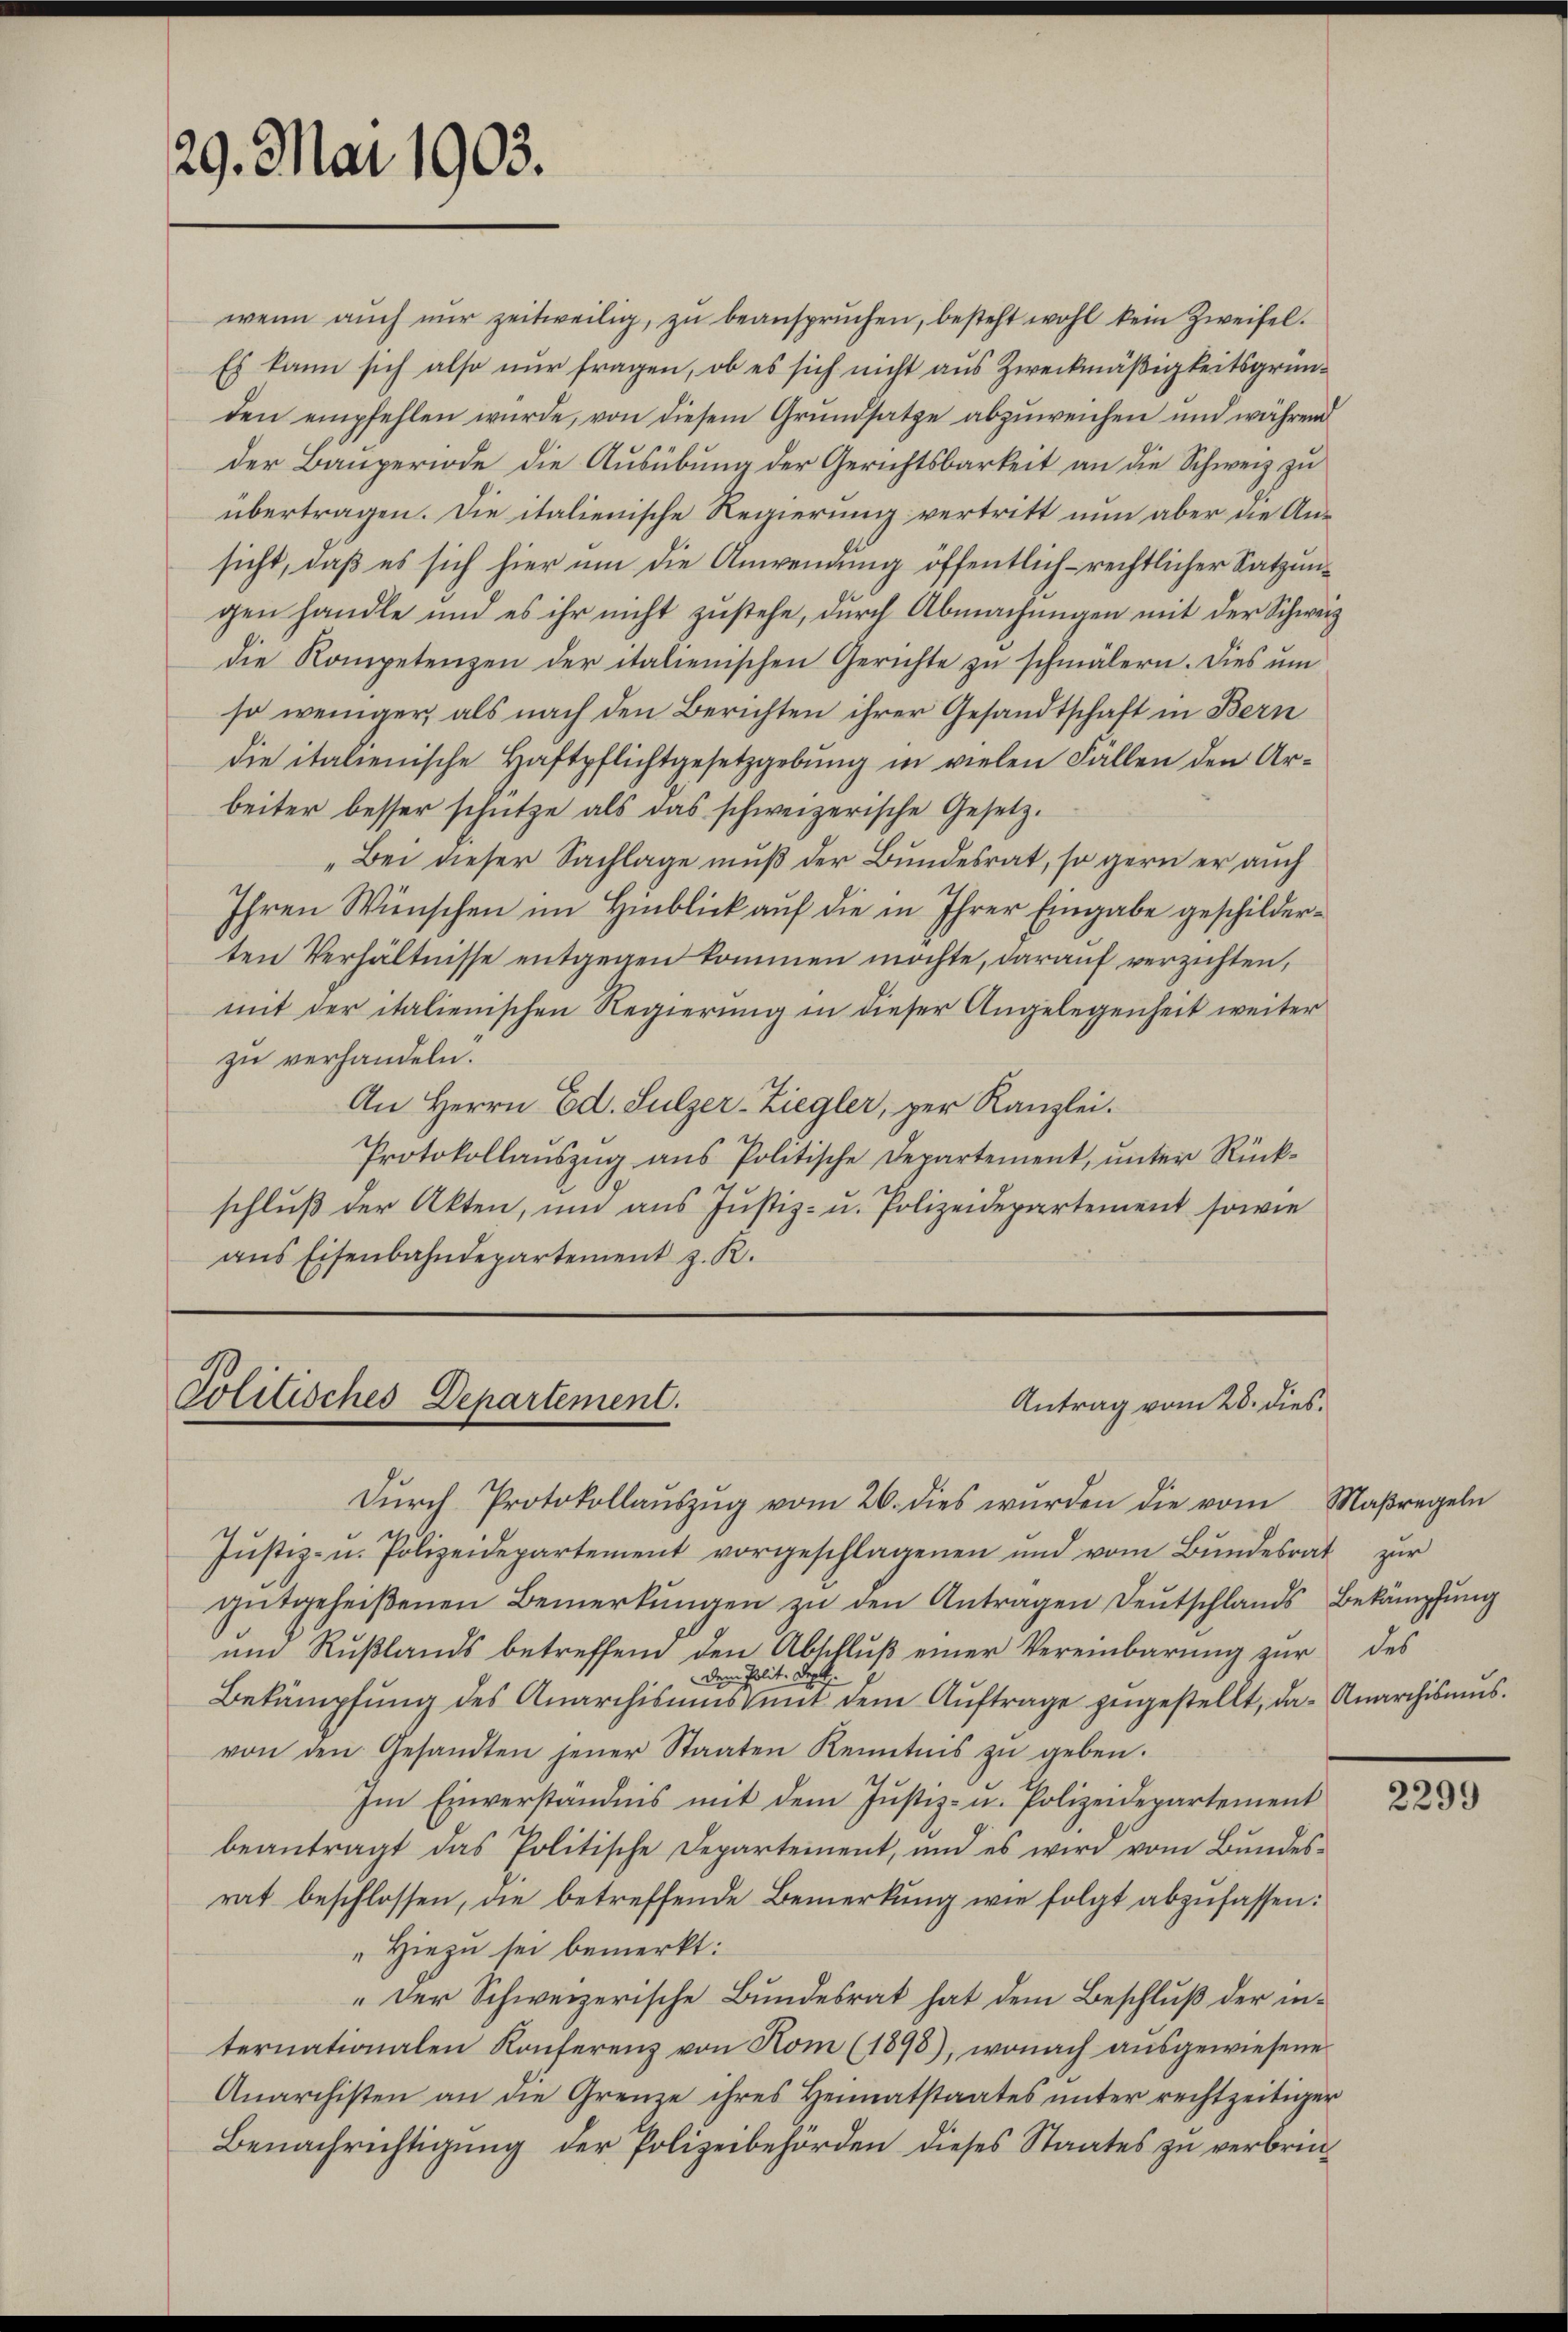
29. Mai 1903.

Politisches Departement.

wenn aŭch nŭr zeitweilig, zŭ beansprŭchen, besteht wohl kein Zweifel.
Es kann sich also nur fragen, ob es sich nicht aus Zweckmäßigkeitsgründen empfehlen wurde, von diesem Grundsatze abzuweichen und während
der Bauperiode die Ausübung der Gerichtsbarkeit an die Schweiz zu
übertragen. Die italienische Regierung vertritt nun aber die Ansicht, daß es sich hier um die Anwendung öffentlich-rechtlicher Satzungen handle und es ihr nicht zustehe, durch Abmachungen mit der Schweiz
die Kompetenzen der italienischen Gerichte zŭ schmälern. Dies um
so weniger, als nach den Berichten ihrer Gesandtschaft in Bern
die italienische Haftpflichtgesetzgebung in vielen Fällen den Arbeiter besser schütze als das schweizerische Gesetz-
„Bei dieser Sachlage muß der Bundesrat, so gern er auch
Ihren Wünschen im Hinblick auf die in Ihrer Eingabe geschilderten Verhältnisse entgegen kommen möchte, darauf verzichten,
mit der italienischen Regierung in dieser Angelegenheit weiter
zu verhandeln.
An Herrn Ed. Sulzer-Ziegler, per Kanzlei.
Protokollaŭszŭg aŭs Politische Departement, ŭnter Rück-
schluß der Akten, und aus Justiz- u. Polizeidepartement sowie
aus Eisenbahndepartement z. R.

Antrag vom 28. dies¬

Dŭrch Protokollaŭszŭg vom 26. dies wŭrden die vom Maßregeln
Jŭstiz- u. Polizeidepartement vorgeschlagenen und vom Bŭndesrat zur
gutgeheißenen Bemerkŭngen zu den Antragen Deutschlands Bekämpfung
um Rußlands betreffend den Abschluß einer Vereinbarung zur des
dem Polit. Sept.
Bekämpfung des Anarchisums mit dem Auftrage zugestellt, da Anarchismus.
von den Gesandten jener Staaten Kenntnis zŭ geben.
Im Einverständnis mit dem Justiz- u. Polizeidepartement
beantragt das Politische Departement, und es wird vom Bŭndes-
rat beschlossen, die betreffende Bemerkung wie folgt abzufassen:
" Hiezu sei bemerkt:
„Der Schweizerische Bundesrat hat dem Beschluß der internationalen Konferenz von Kom (1898), wonach ausgewiesene
Anarchisten an die Grenze ihres Heimatstaates ŭnter rechtzeitiger
Benachrichtigung der Polizeibehörden dieses Staates zu verbrin¬

2299